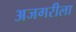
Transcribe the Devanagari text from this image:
अजगरीला